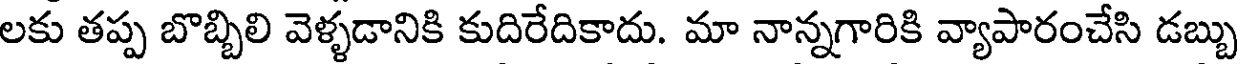
లకు తప్ప బొబ్బిలి వెళ్ళడానికి కుదిరేదికాదు. మా నాన్నగారికి వ్యాపారంచేసి డబ్బు